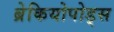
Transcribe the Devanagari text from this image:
ब्रेकियोपोड्स